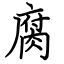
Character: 腐